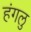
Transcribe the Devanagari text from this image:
हंगलु